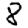
Digit: 8